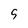
Character: 5